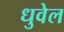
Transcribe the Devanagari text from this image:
धुवेल